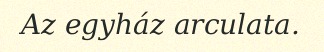
Az egyház arculata.